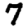
Digit: 7